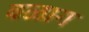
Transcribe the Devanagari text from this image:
बळाग